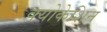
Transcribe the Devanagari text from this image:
क्योकेशिन